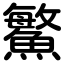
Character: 鰵